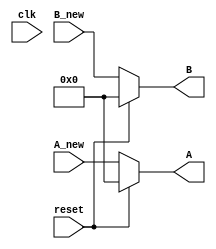
module UpdateRegistersAB #(parameter data_width = 32) ( 
    input reset,
	input clk,
    input [data_width - 1 : 0] A_new,
    input [data_width - 1 : 0] B_new,
       	output reg [data_width - 1 : 0] A,
        output reg [data_width - 1 : 0] B);

always @(*) begin
    if(reset) begin
        A <= 0;
        B <= 0;
    end
    else begin
        A <= A_new;
        B <= B_new;
    end
end

endmodule